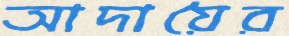
আদায়ৈর